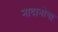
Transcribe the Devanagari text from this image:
नादानोवा